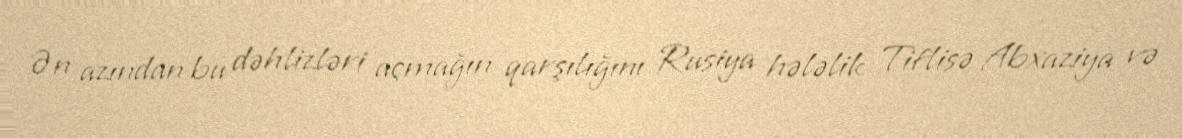
Ən azından bu dəhlizləri açmağın qarşılığını Rusiya hələlik Tiflisə Abxaziya və